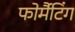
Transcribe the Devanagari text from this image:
फोर्मैटिंग